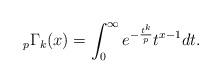
LaTeX: \begin{align*}_{p}\Gamma_{k}(x)=\int^{\infty}_{0}e^{-\frac{t^{k}}{p}}t^{x-1}dt. \end{align*}